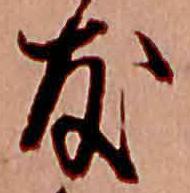
友